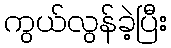
ကွယ်လွန်ခဲ့ပြီး